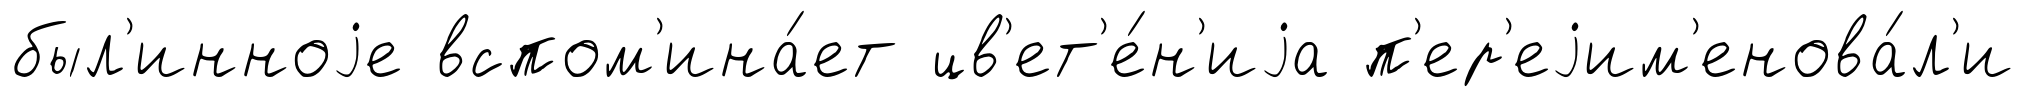
был'инноjе вспом'ина́ет цв'ет'е́н'иjа п'ер'еjим'енова́л'и